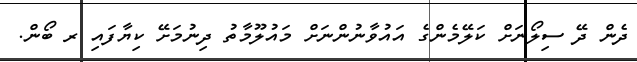
ދެން ދޭ ސިލޯނަށް ކަލޭމެންގެ އައުވާނުންނަށް މައުލޫމާތު ދިނުމަށޭ ކިޔާފައި ރ ބޯން.